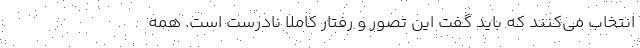
انتخاب می‌کنند که باید گفت این تصور و رفتار کاملا نادرست است. همه